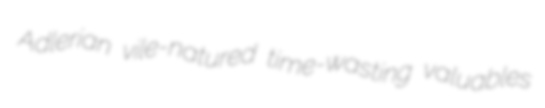
Adlerian vile-natured time-wasting valuables